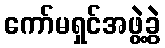
ကော်မရှင်အဖွဲ့ခွဲ